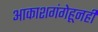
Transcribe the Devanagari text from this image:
आकाशगंगेहूनही